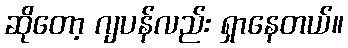
ဆိုတော့ ဂျပန်လည်း ရှာနေတယ်။